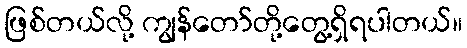
ဖြစ်တယ်လို့ ကျွန်တော်တို့တွေ့ရှိရပါတယ်။